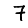
Digit: 7